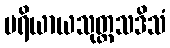
ပရိယာယသုတ္တသဒိသံ